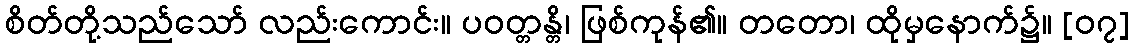
စိတ်တို့သည်သော် လည်းကောင်း။ ပဝတ္တန္တိ၊ ဖြစ်ကုန်၏။ တတော၊ ထိုမှနောက်၌။ [၀၇]